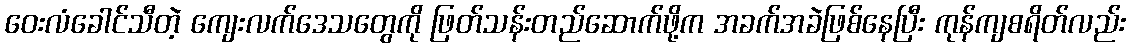
ဝေးလံခေါင်သီတဲ့ ကျေးလက်ဒေသတွေကို ဖြတ်သန်းတည်ဆောက်ဖို့က အခက်အခဲဖြစ်နေပြီး ကုန်ကျစရိတ်လည်း